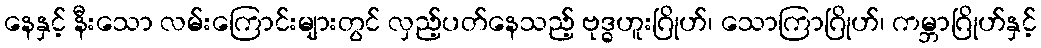
နေနှင့် နီးသော လမ်းကြောင်းများတွင် လှည့်ပတ်နေသည့် ဗုဒ္ဓဟူးဂြိုဟ်၊ သောကြာဂြိုဟ်၊ ကမ္ဘာဂြိုဟ်နှင့်